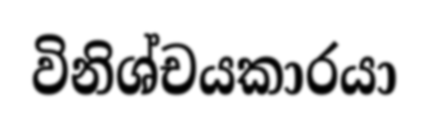
විනිශ්චයකාරයා